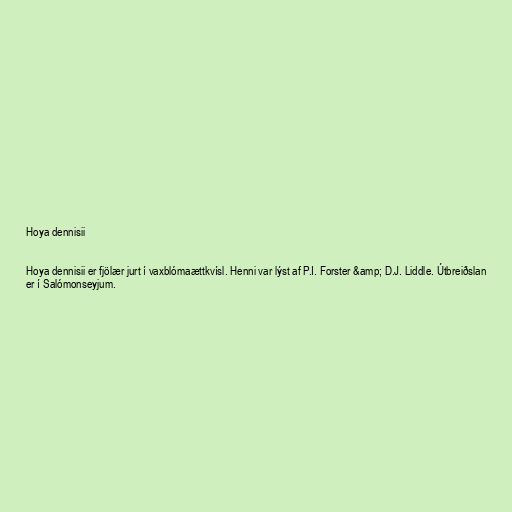
Hoya dennisii

Hoya dennisii er fjölær jurt í vaxblómaættkvísl. Henni var lýst af P.I. Forster &amp; D.J. Liddle. Útbreiðslan
er í Salómonseyjum.